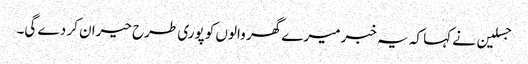
جسلین نے کہا کہ یہ خبر میرے گھر والوں کو پوری طرح حیران کر دے گی۔